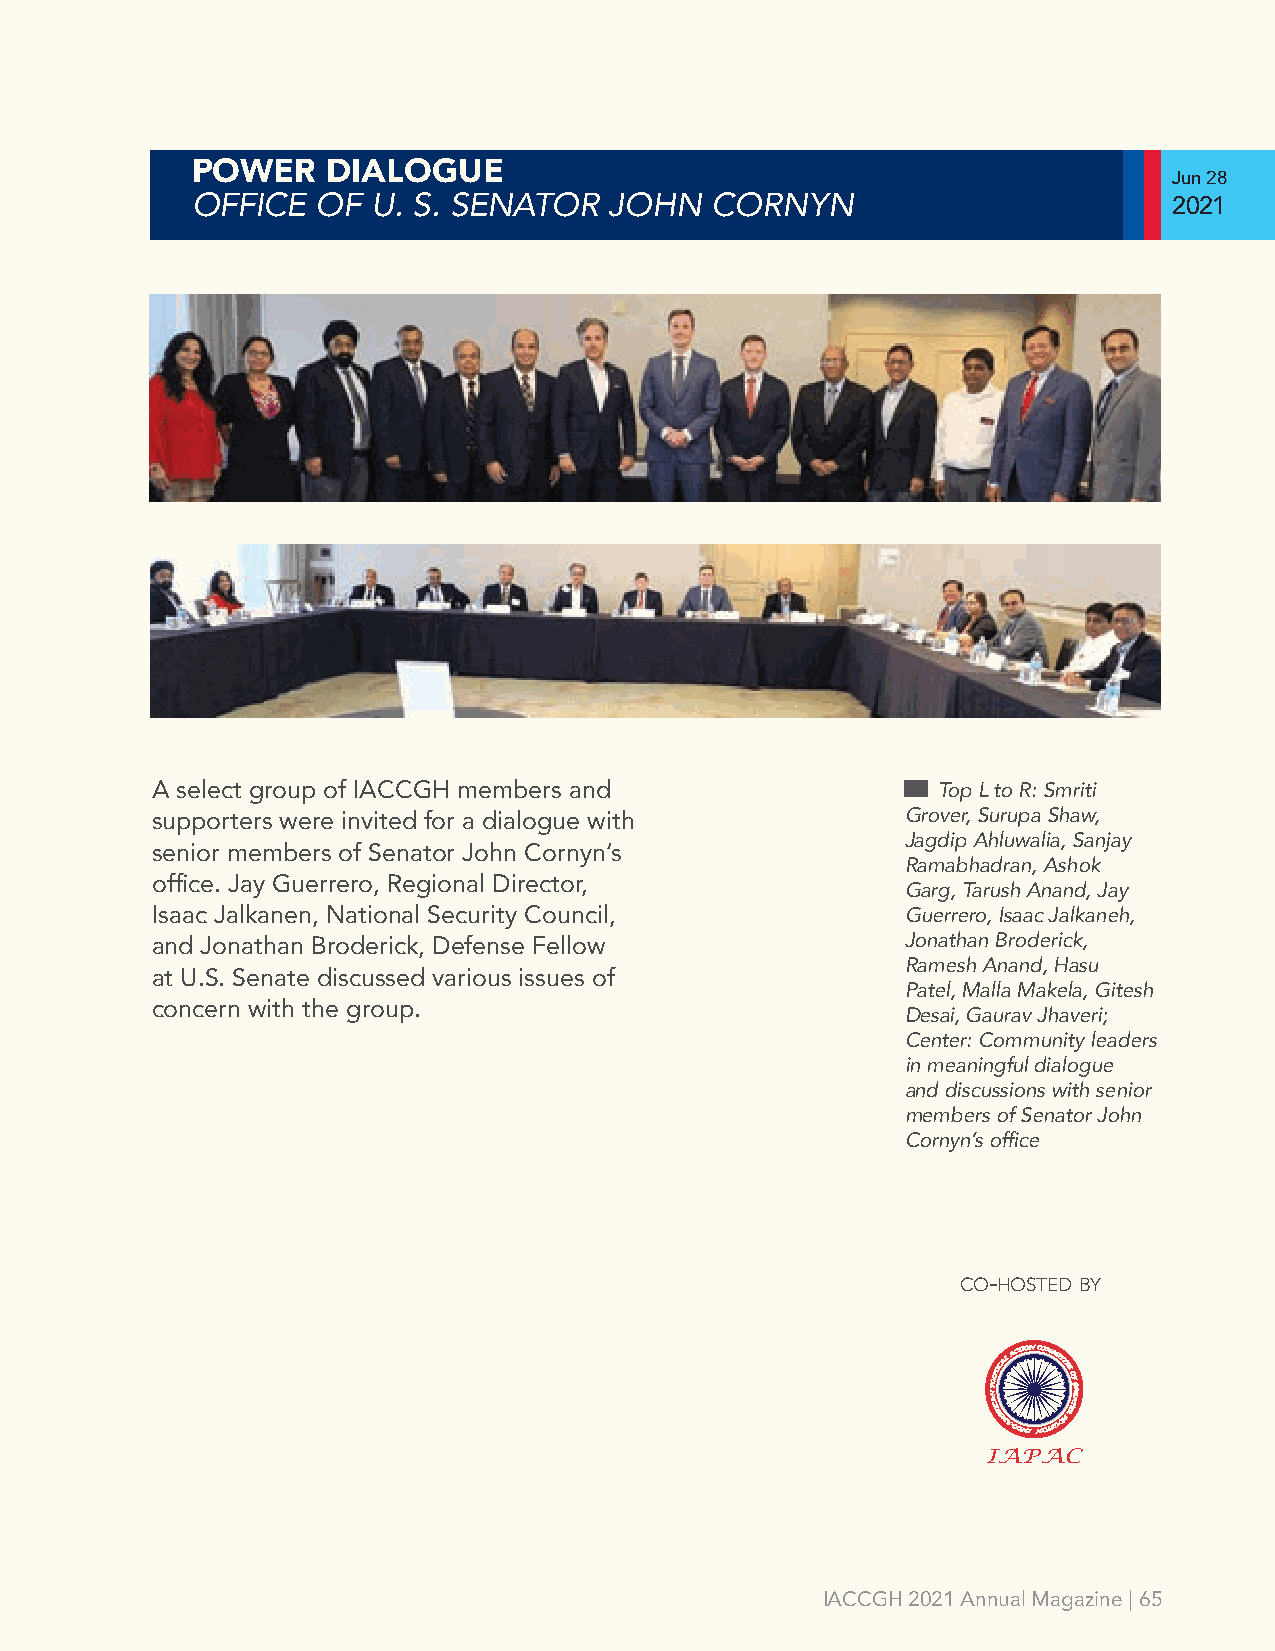
POWER    DIALOGUE
 Jun 28
 OFFICE  OF  U. S. SENATOR  JOHN   CORNYN
 2021
 A select group of IACCGH members and                Top L to R: Smriti
 Grover, Surupa Shaw,
 supporters were invited for a dialogue with
 Jagdip Ahluwalia, Sanjay
 senior members of Senator John Cornyn’s
 Ramabhadran, Ashok
 office. Jay Guerrero, Regional Director,          Garg, Tarush Anand, Jay
 Isaac Jalkanen, National Security Council,        Guerrero, Isaac Jalkaneh,
 Jonathan Broderick,
 and Jonathan Broderick, Defense Fellow
 Ramesh Anand, Hasu
 at U.S. Senate discussed various issues of
 Patel, Malla Makela, Gitesh
 concern with the group.                           Desai, Gaurav Jhaveri;
 Center: Community leaders
 in meaningful dialogue
 and discussions with senior
 members of Senator John
 Cornyn’s office
 co-hosted by
 IAPAC
 IACCGH 2021 Annual Magazine | 65